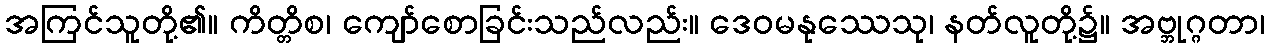
အကြင်သူတို့၏။ ကိတ္တိစ၊ ကျော်စောခြင်းသည်လည်း။ ဒေဝမနုဿေသု၊ နတ်လူတို့၌။ အဗ္ဘုဂ္ဂတာ၊